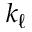
k _ { \ell }